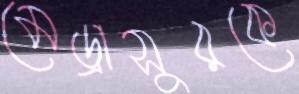
মেড্রাসুরকে